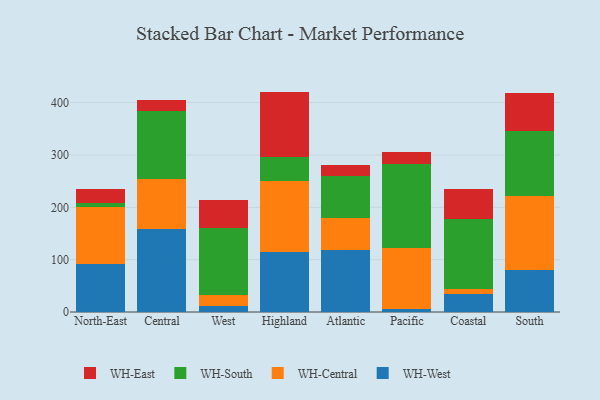
{"axis": {"x": "Region", "y": "Operating Costs (USD K)"}, "legend": ["WH-Central", "WH-East", "WH-South", "WH-West"], "data": [{"x": "North-East", "y": 91.3, "type": "WH-West"}, {"x": "North-East", "y": 109.8, "type": "WH-Central"}, {"x": "North-East", "y": 7.5, "type": "WH-South"}, {"x": "North-East", "y": 25.9, "type": "WH-East"}, {"x": "Central", "y": 159.2, "type": "WH-West"}, {"x": "Central", "y": 94.0, "type": "WH-Central"}, {"x": "Central", "y": 131.3, "type": "WH-South"}, {"x": "Central", "y": 21.3, "type": "WH-East"}, {"x": "West", "y": 11.3, "type": "WH-West"}, {"x": "West", "y": 21.1, "type": "WH-Central"}, {"x": "West", "y": 128.3, "type": "WH-South"}, {"x": "West", "y": 53.7, "type": "WH-East"}, {"x": "Highland", "y": 115.1, "type": "WH-West"}, {"x": "Highland", "y": 135.7, "type": "WH-Central"}, {"x": "Highland", "y": 45.3, "type": "WH-South"}, {"x": "Highland", "y": 124.9, "type": "WH-East"}, {"x": "Atlantic", "y": 118.6, "type": "WH-West"}, {"x": "Atlantic", "y": 61.6, "type": "WH-Central"}, {"x": "Atlantic", "y": 79.6, "type": "WH-South"}, {"x": "Atlantic", "y": 20.6, "type": "WH-East"}, {"x": "Pacific", "y": 5.4, "type": "WH-West"}, {"x": "Pacific", "y": 116.3, "type": "WH-Central"}, {"x": "Pacific", "y": 161.6, "type": "WH-South"}, {"x": "Pacific", "y": 21.8, "type": "WH-East"}, {"x": "Coastal", "y": 35.0, "type": "WH-West"}, {"x": "Coastal", "y": 8.7, "type": "WH-Central"}, {"x": "Coastal", "y": 133.8, "type": "WH-South"}, {"x": "Coastal", "y": 57.8, "type": "WH-East"}, {"x": "South", "y": 81.0, "type": "WH-West"}, {"x": "South", "y": 140.5, "type": "WH-Central"}, {"x": "South", "y": 123.4, "type": "WH-South"}, {"x": "South", "y": 72.8, "type": "WH-East"}]}